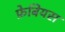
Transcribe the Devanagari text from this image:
फ़ेबियस